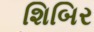
શિબિર